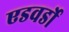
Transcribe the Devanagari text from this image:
एडवर्डो